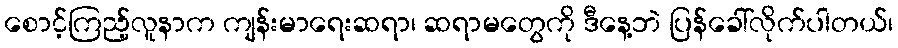
စောင့်ကြည့်လူနာက ကျန်းမာရေးဆရာ၊ ဆရာမတွေကို ဒီနေ့ဘဲ ပြန်ခေါ်လိုက်ပါတယ်၊